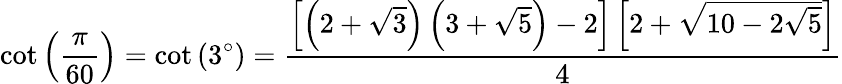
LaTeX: \cot\left({\frac{\pi}{60}}\right)=\cot\left(3^{\circ}\right)={\frac{\left[\left(2+{\sqrt{3}}\right)\left(3+{\sqrt{5}}\right)-2\right]\left[2+{\sqrt{10-2{\sqrt{5}}}}\right]}{4}}